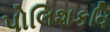
પોલિશકવિ